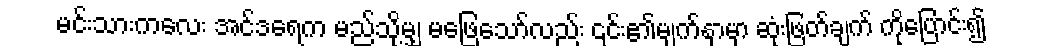
မင်းသားကလေး အင်ဒရေက မည်သို့မျှ မဖြေသော်လည်း ၎င်း၏မျက်နှာမှာ ဆုံးဖြတ်ချက် ကိုပြောင်း၍